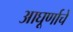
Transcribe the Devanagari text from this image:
आघूर्णाचे